Rapla_vallavalitsus, lk 36
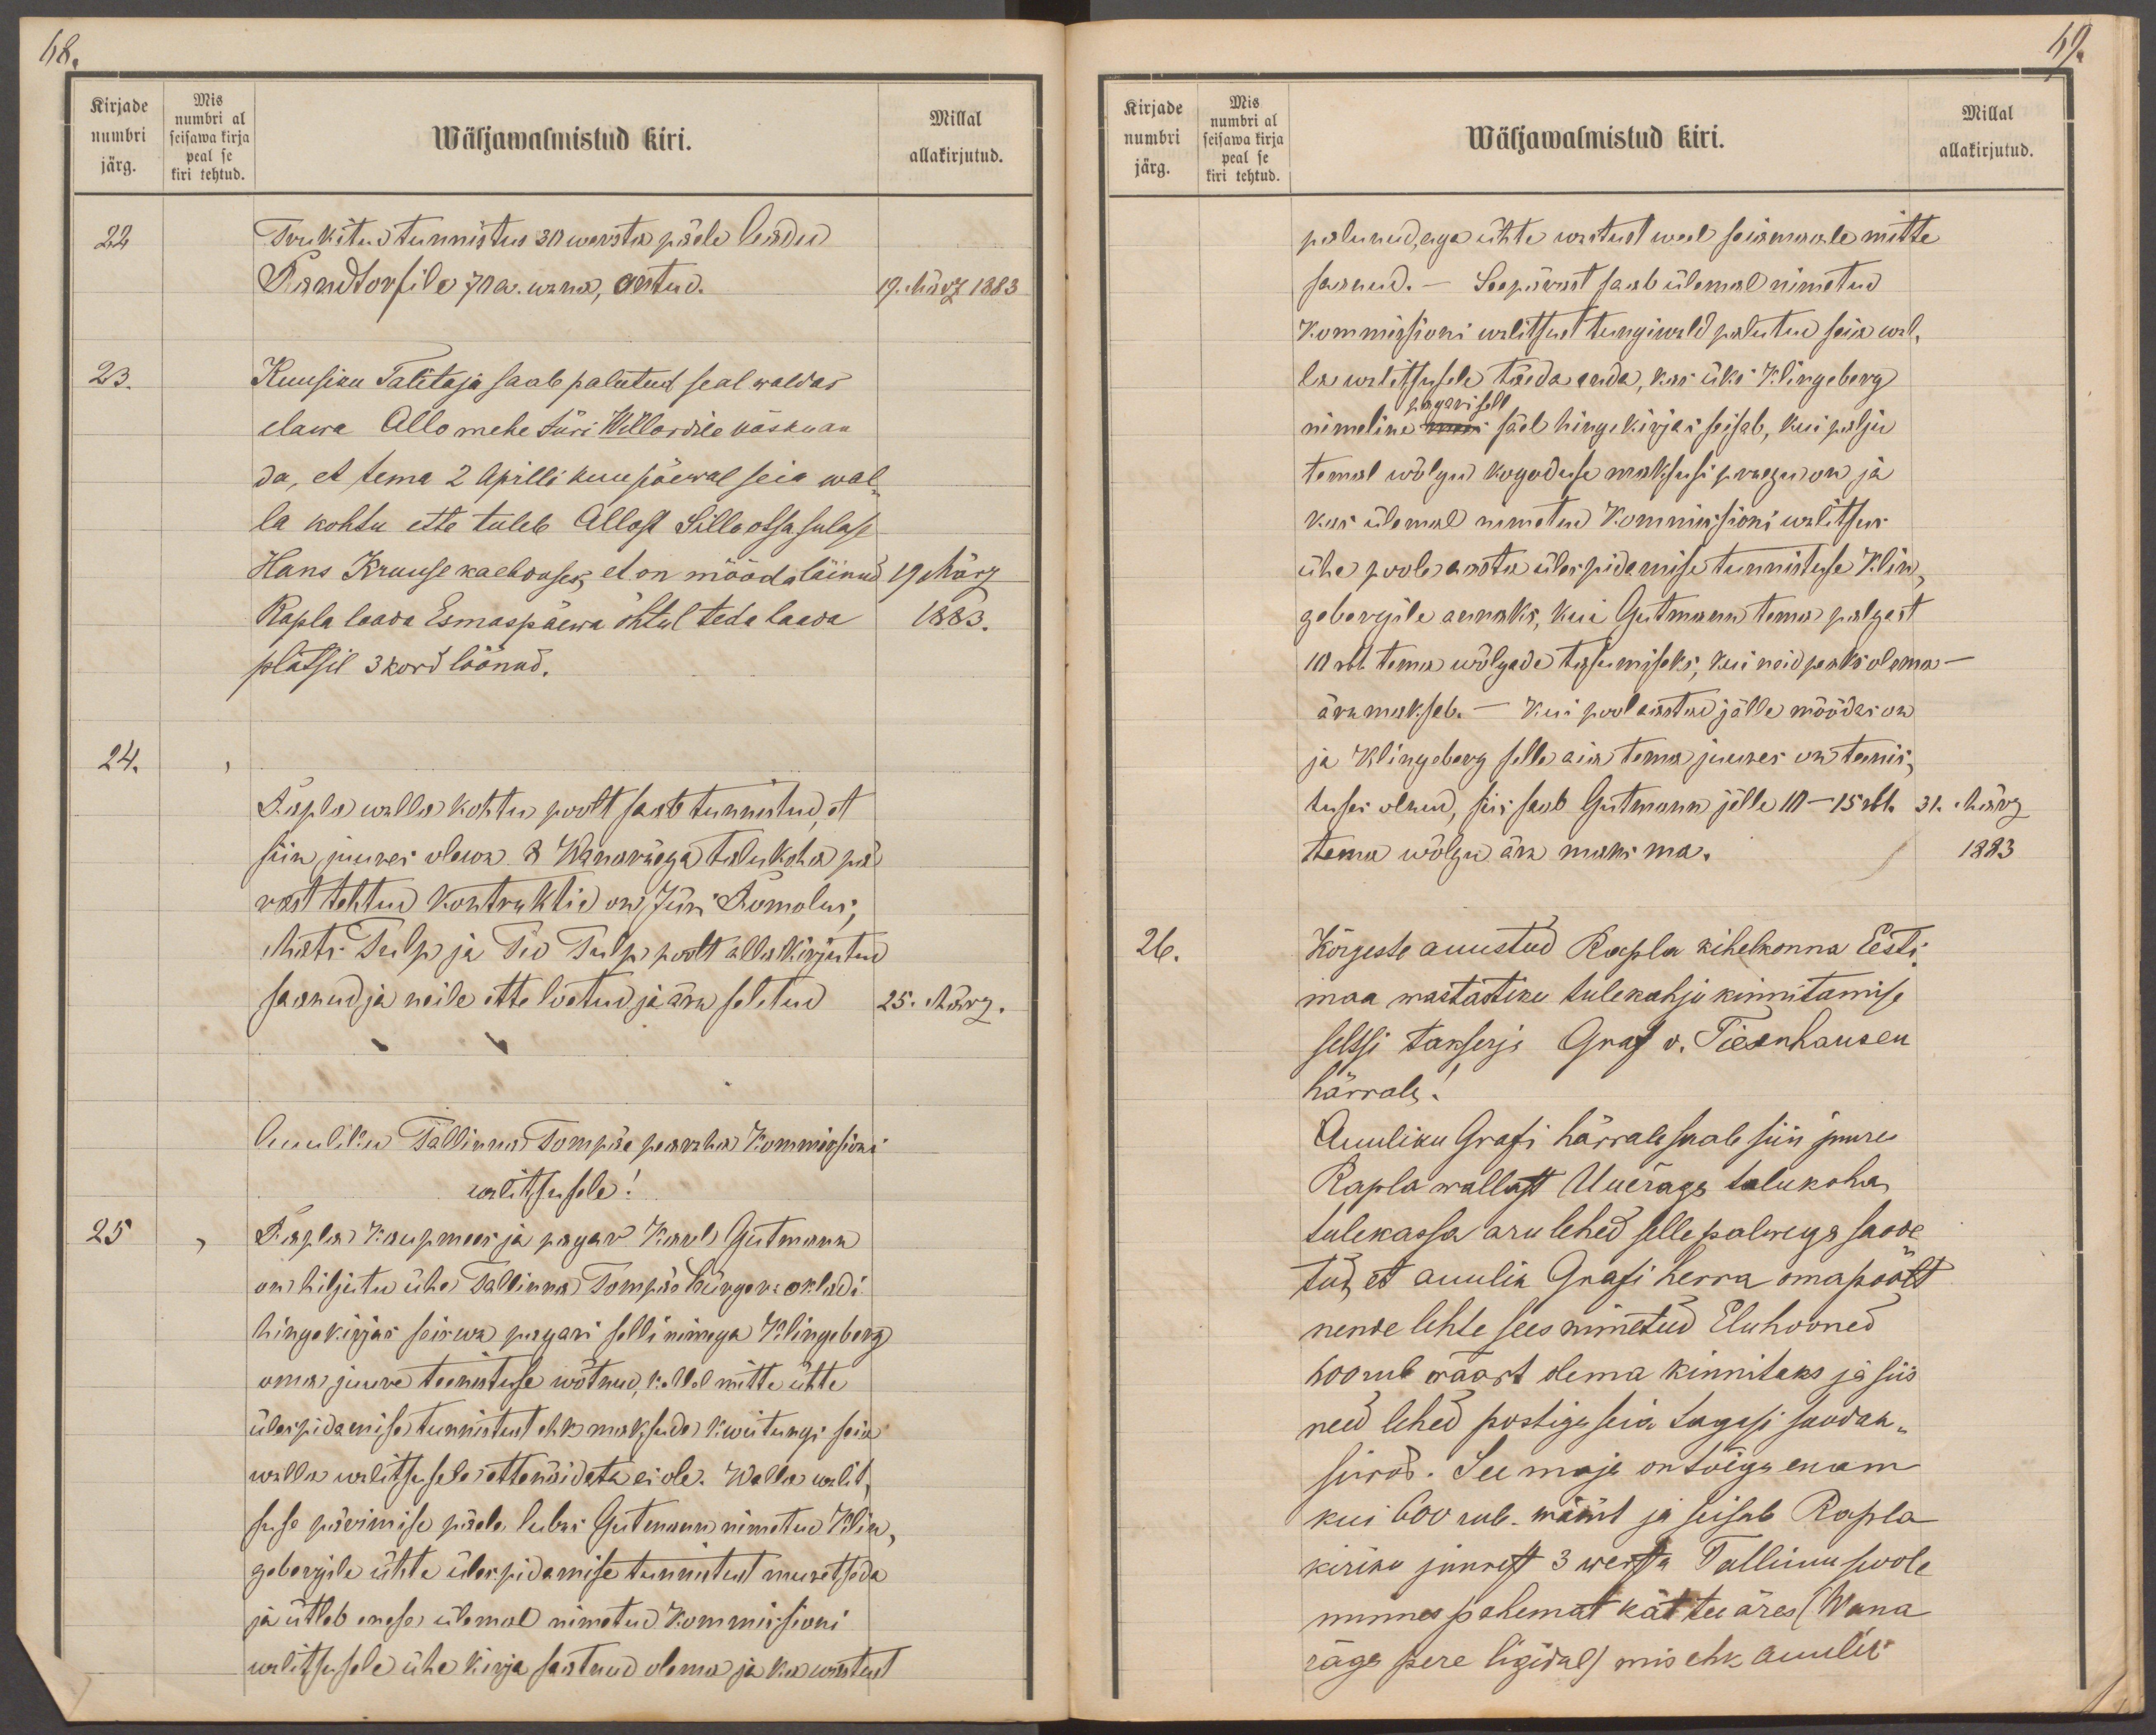
68.
Kirjade
Mis
numbri
numbri al
seisawa kirja
Wäljawalmistud kiri.
Millal
järg.
peal se
kiri tehtud.
allakirjutud.
22
Trukitud tunnistus 30 wersta päele Aadu
Randtorfile 70 a. wana, antud.
19. März 1883
23.
Kuusiku Talitaja saab palutud seal waldas
elawa Allo mehe Jüri Willardile käsku an
da, et tema 2 Aprilli kuu päewal seia wal-
la kohtu ette tuleb Allost Sillaotsa sulase
Hans Kruuse kaebduses, et on mööda läinud
19 März
Rapla laada Esmaspäewa õhtul teda laada
1883.
platsil 3 kord löönud.
24.
Rapla walla kohtu poolt saab tunnistud, et
siin juures olewa. R Wanaräega talukoha pä-
rast tehtud kontraktid on Jüri Romolus,
Mats Tulp ja Tio Tulp poolt alla kirjutud
saanud ja neile ette loetud ja ära seletud
25. März.
Auuliku Tallinna Tompäe pearaha Kommissioni
walitsusele!
25
Rapla Kaupmees ja pagar Karl Gutmann
on hiljutu ühe Tallinna Tompäe bürgeri okladi
hingekirjas seiswa pagari selli nimega Klingberg
oma juure teenistuse wõtnud, kellel mitte ühte
ülespidamise tunnistust ehk maksude kwiitungi seia
walla walitsusele ettenäidata ei ole. Walla walit
suse pärimise pääle lubas Gutmann nimetud Klin
gebergile ühte ülespidamise tunnistust muretseda
ja ütleb enese ülemal nimetud Kommissioni
walitsusele ühe kirja saatnud olema ja ka wastust

69.
Kirjade
Mis.
Millal
numbri
seisawa kirja
numbri al
Wäljawalmistud kiri.
järg.
kiri tehtud.
peal se
palunud, aga ühte wastust weel seiamaale mitte
allakirjutud.
saanud. - Seepärast saab ülemal nimetud
Kommissioni walitsust tungiwald palutud seia wal-
la walitsusele täeda anda, kas üks Klingeberg
pagarisell
nimeline mees säel hingekirjas seisab, kui palju
temal wõlgu koguduse maksusi praegu on ja
kas ülemal nimetud Kommissioni walitsus
ühe poole aastu ülespidamise tunnistuse Klin-
gabergile annaks, kui Gutmann tema palgast
10 rbl tema wõlgade tasumiseks, kui neid peaks olema -
ära maksab. Kui pool aastad jälle möödas on
ja Klingeberg selle aia tema juures on teenis-
tuses olnud, siis saab Gutmann jälle 10-15 rbl.
31. März
tema wõlgu ära maksma.
1883
26.
Kõrgeste auustud Rapla kihelkonna Eesti
maa wastastiku tulekahju kinnitamise
seltsi takserja Graf v. Tiesenhausen
härrale.
Auuliku Grafi härrale saab siin juures
Rapla wallast Uueräga talukoha
tulekassa aru lehed selle palwega saade
tud, et auulik Grafi herra omapoolt
nende lehte sees nimetud Eluhooned
600 rub wäärt olema kinnitaks ja siis
need lehed postige seia tagasi saadak-
siwad. See maja on tõega enam
kui 600 rub. wäärt ja seisab Rapla
kiriku juurest 3 wersta Tallinna poole
minna pahemat kät tee äres (Wana
räga pere ligidal) mis ehk auulik